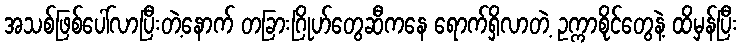
အသစ်ဖြစ်ပေါ်လာပြီးတဲ့နောက် တခြားဂြိုဟ်တွေဆီကနေ ရောက်ရှိလာတဲ့ ဥက္ကာစိုင်တွေနဲ့ ထိမှန်ပြီး